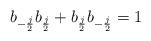
LaTeX: \begin{align*}b_{-{j\over 2}}b_{{j\over 2}}+b_{{j\over 2}}b_{-{j\over 2}}=1\end{align*}